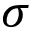
\sigma